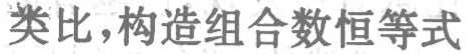
类比，构造组合数恒等式